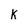
Character: k